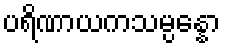
ပရိဏာယကသမ္ပန္နော